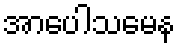
အာပေါသမေန